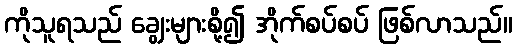
ကိုသူရသည် ချွေးများစို့၍ အိုက်စပ်စပ် ဖြစ်လာသည်။